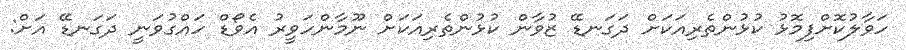
ހަވާލުކޮށްފިމޮޅު ކުޅުންތެރިއަކަށް ދަގަނޑޭ ޒުވާން ކުޅުންތެރިއަކަށް ނޫމާންހަވީރު އެވޯޑް ހައްގުވަނީ ދަގަނޑޭ އަށް: